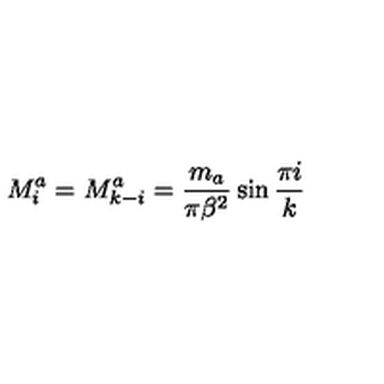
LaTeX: M _ { i } ^ { a } = M _ { k - i } ^ { a } = \frac { m _ { a } } { \pi \beta ^ { 2 } } \sin \frac { \pi i } { k }